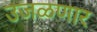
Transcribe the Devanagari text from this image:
उजळणार